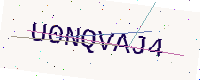
Text: U0NQVAJ4